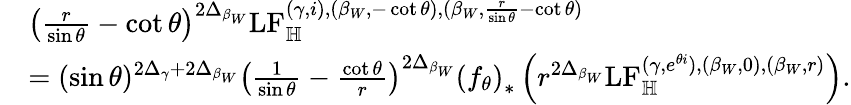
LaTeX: \begin{array}{rl}&{\left(\frac{r}{\sin\theta}-\cot\theta\right)^{2\Delta_{\beta_{W}}}\mathrm{LF}_{\mathbb H}^{(\gamma,i),(\beta_{W},-\cot\theta),(\beta_{W},\frac{r}{\sin\theta}-\cot\theta)}}\\ &{=(\sin\theta)^{2\Delta_{\gamma}+2\Delta_{\beta_{W}}}\left(\frac{1}{\sin\theta}-\frac{\cot\theta}{r}\right)^{2\Delta_{\beta_{W}}}\left(f_{\theta}\right)_{*}\left(r^{2\Delta_{\beta_{W}}}\mathrm{LF}_{\mathbb H}^{(\gamma,e^{\theta i}),(\beta_{W},0),(\beta_{W},r)}\right).}\end{array}